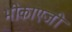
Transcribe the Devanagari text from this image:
भीकाएजी